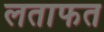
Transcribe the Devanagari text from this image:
लताफत